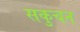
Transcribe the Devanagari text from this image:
सकुचन